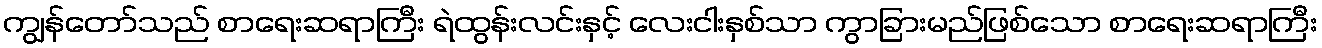
ကျွန်တော်သည် စာရေးဆရာကြီး ရဲထွန်းလင်းနှင့် လေးငါးနှစ်သာ ကွာခြားမည်ဖြစ်သော စာရေးဆရာကြီး